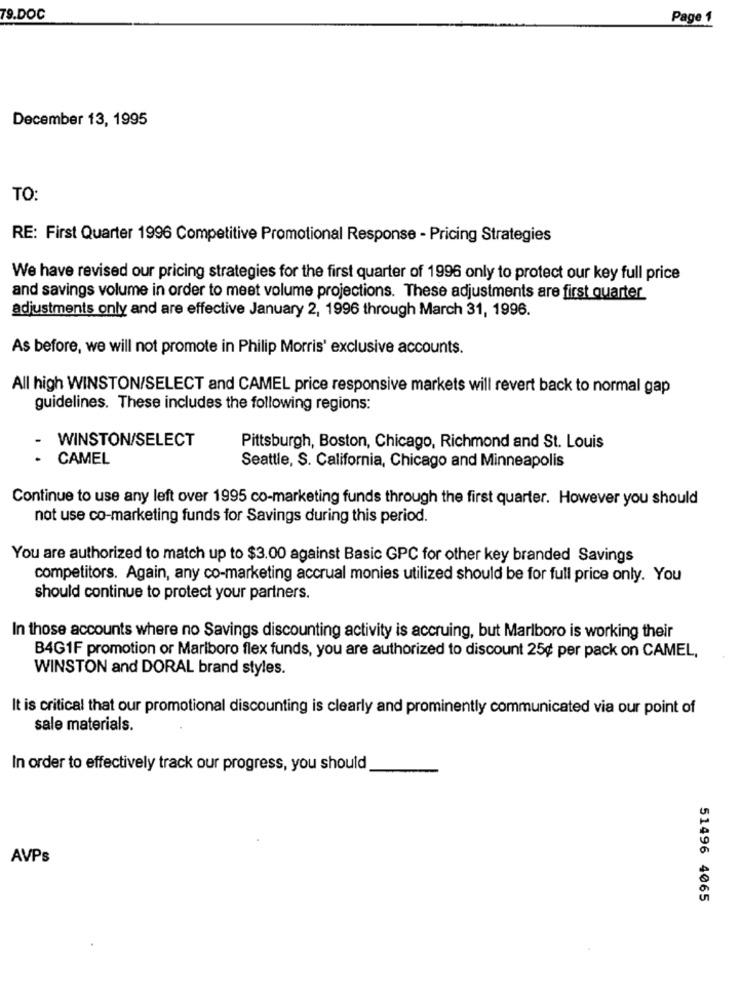
79.DOC
Page 1
December 13, 1995
TO:
RE: First Quarter 1996 Competitive Promotional Response - Pricing Strategies
We have revised our pricing strategies for the first quarter of 1996 only to protect our key full price
and savings volume in order to meet volume projections. These adjustments are first quarter
adjustments only and are effective January 2, 1996 through March 31, 1996.
As before, we will not promote in Philip Morris' exclusive accounts.
All high WINSTON/SELECT and CAMEL price responsive markets will revert back to normal gap
guidelines. These includes the following regions:
WINSTON/SELECT
Pittsburgh, Boston, Chicago, Richmond and St. Louis
CAMEL
Seattle, S. California, Chicago and Minneapolis
Continue to use any left over 1995 co-marketing funds through the first quarter. However you should
not use co-marketing funds for Savings during this period.
You are authorized to match up to $3.00 against Basic GPC for other key branded Savings
competitors. Again, any co-marketing accrual monies utilized should be for full price only. You
should continue to protect your partners.
In those accounts where no Savings discounting activity is accruing, but Marlboro is working their
B4G1F promotion or Marlboro flex funds, you are authorized to discount 25¢ per pack on CAMEL,
WINSTON and DORAL brand styles.
It is critical that our promotional discounting is clearly and prominently communicated via our point of
sale materials.
In order to effectively track our progress, you should
AVPs
51496 4065